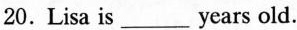
20. Lisa is ___ years old.